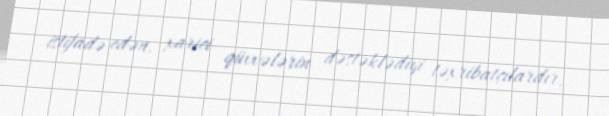
istifadə edən, xarici qüvvələrin dəstəklədiyi təxribatçılardır.